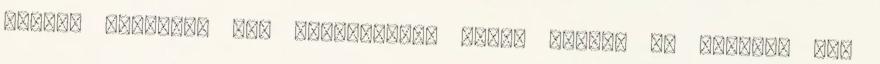
előtte Tehetség vs. befektetett munka Másfél év kellett egy